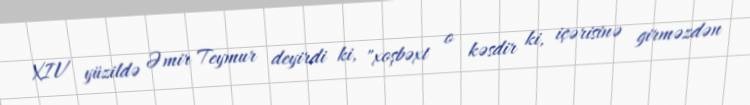
XIV yüzildə Əmir Teymur deyirdi ki, "xoşbəxt o kəsdir ki, içərisinə girməzdən